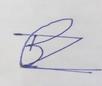
Signature authenticity: forged